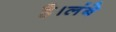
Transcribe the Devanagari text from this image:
है।लंबे